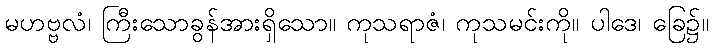
မဟဗ္ဗလံ၊ ကြီးသောခွန်အားရှိသော။ ကုသရာဇံ၊ ကုသမင်းကို။ ပါဒေ၊ ခြေ၌။